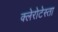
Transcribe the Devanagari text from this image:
क्लेरोटेस्ता